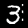
Digit: 3